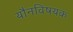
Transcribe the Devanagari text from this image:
यौनविषयक